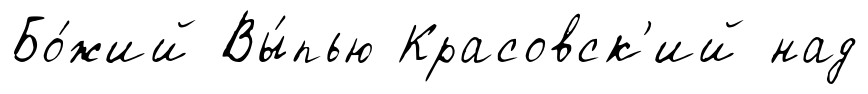
Бо́жий Вы́пью Красовск'ий над